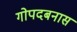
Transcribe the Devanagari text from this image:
गोपदबनास